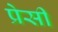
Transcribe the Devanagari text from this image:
प्रेसी